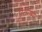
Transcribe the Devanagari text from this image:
पुतनम